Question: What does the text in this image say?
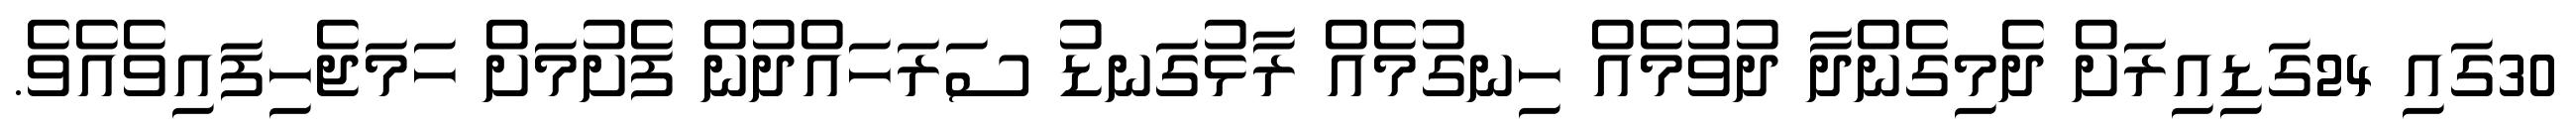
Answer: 30ގައި 24ގަޑިއިރަށް ދެމިގެންދާ ދުވުމެއް ހިނގުމެއް ރާޅުގަނޑު ސަރަހައްދުން ފެށުމަށް ހަމަޖެހިފައިވެއެވެ.